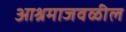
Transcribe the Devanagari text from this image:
आश्रमाजवळील